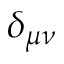
\delta _ { \mu \nu }